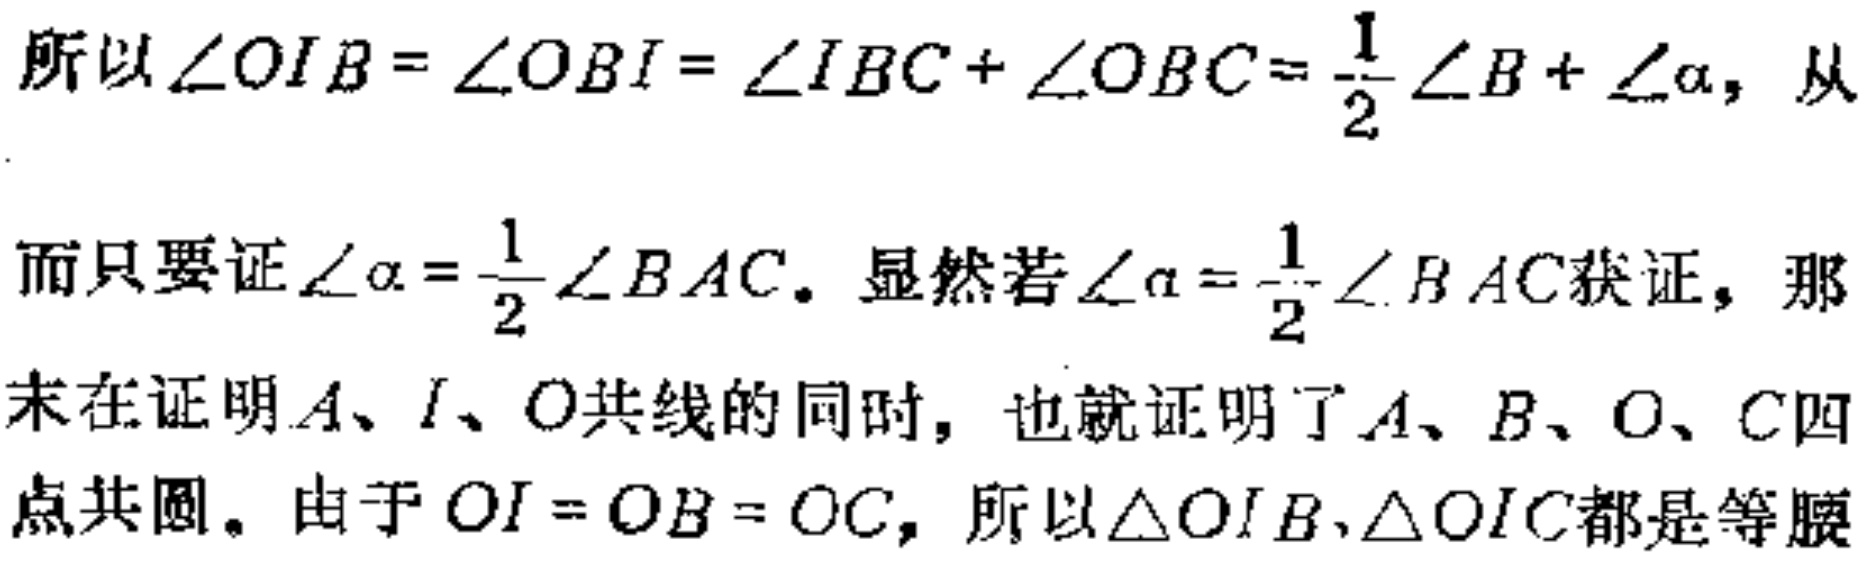
所以\(\angle OIB = \angle OBI = \angle IBC + \angle OBC = \frac{1}{2}\angle B + \angle\alpha\)，从而只要证\(\angle\alpha = \frac{1}{2}\angle BAC\)。显然若\(\angle\alpha = \frac{1}{2}\angle BAC\)获证，那末在证明\(A、I、O\)共线的同时，也就证明了\(A、B、O、C\)四点共圆。由于\(OI = OB = OC\)，所以\(\triangle OIB,\triangle OIC\)都是等腰